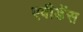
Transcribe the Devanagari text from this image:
एवीडेंस